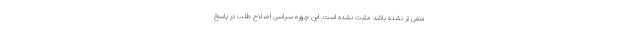
منفی تر نشده باشد مثبت نشده است. این چهره سیاسی اصلاح طلب در پاسخ